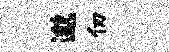
邈仞